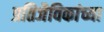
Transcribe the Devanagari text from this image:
प्रतिजैविकांच्या